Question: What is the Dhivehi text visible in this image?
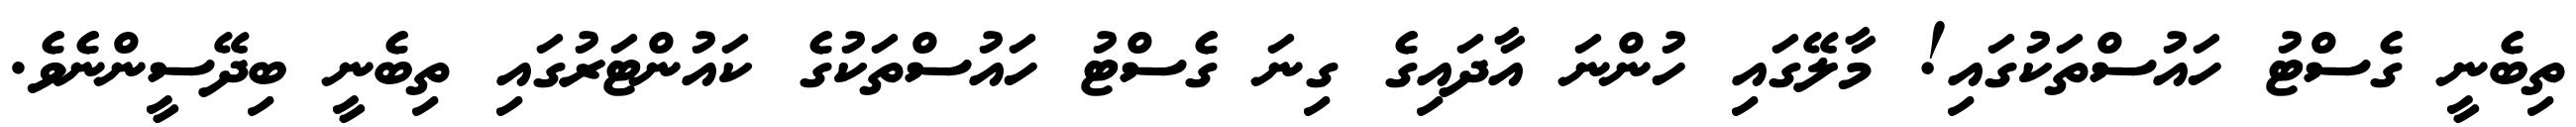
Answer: ތިބެނީ ގެސްޓު ހައުސްތަކުގައި! މާލޭގައި ހުންނަ އާދައިގެ ގިނަ ގެސްޓު ހައުސްތަކުގެ ކައުންޓަރުގައި ތިބެނީ ބިދޭސީންނެވެ.